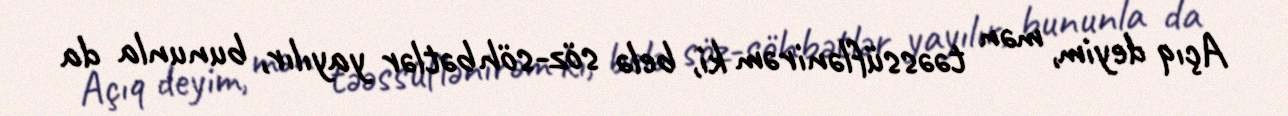
Açıq deyim, mən təəssüflənirəm ki, belə söz-söhbətlər yayılır, bununla da